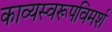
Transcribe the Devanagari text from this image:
काव्यस्वरूपविमर्श